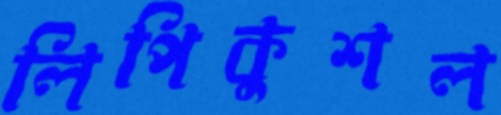
লিপিকুশল